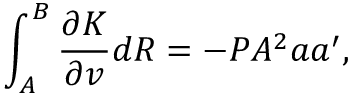
\int _ { A } ^ { B } \frac { \partial K } { \partial v } d R = - P A ^ { 2 } { a } { a } ^ { \prime } ,